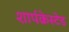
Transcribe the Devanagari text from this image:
शार्पक्रेस्टेड